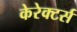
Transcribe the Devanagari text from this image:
केरेक्टर्स